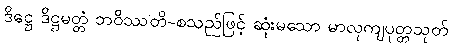
ဒိဋ္ဌေ ဒိဋ္ဌမတ္တံ ဘဝိဿတိ-စသည်ဖြင့် ဆုံးမသော မာလုကျပုတ္တသုတ်